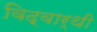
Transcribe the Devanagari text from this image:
विद्वार्थी